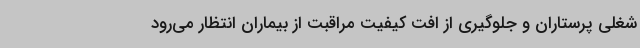
شغلی پرستاران و جلوگیری از افت کیفیت مراقبت از بیماران انتظار می‌رود